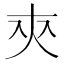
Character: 㚒